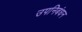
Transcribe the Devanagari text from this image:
उपनिबंधन